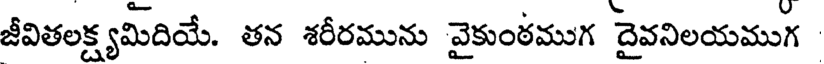
జీవితలక్ష్యమిదియే. తన శరీరమును వైకుంఠముగ దైవనిలయముగ